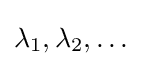
\lambda _{1},\lambda _{2},\dots